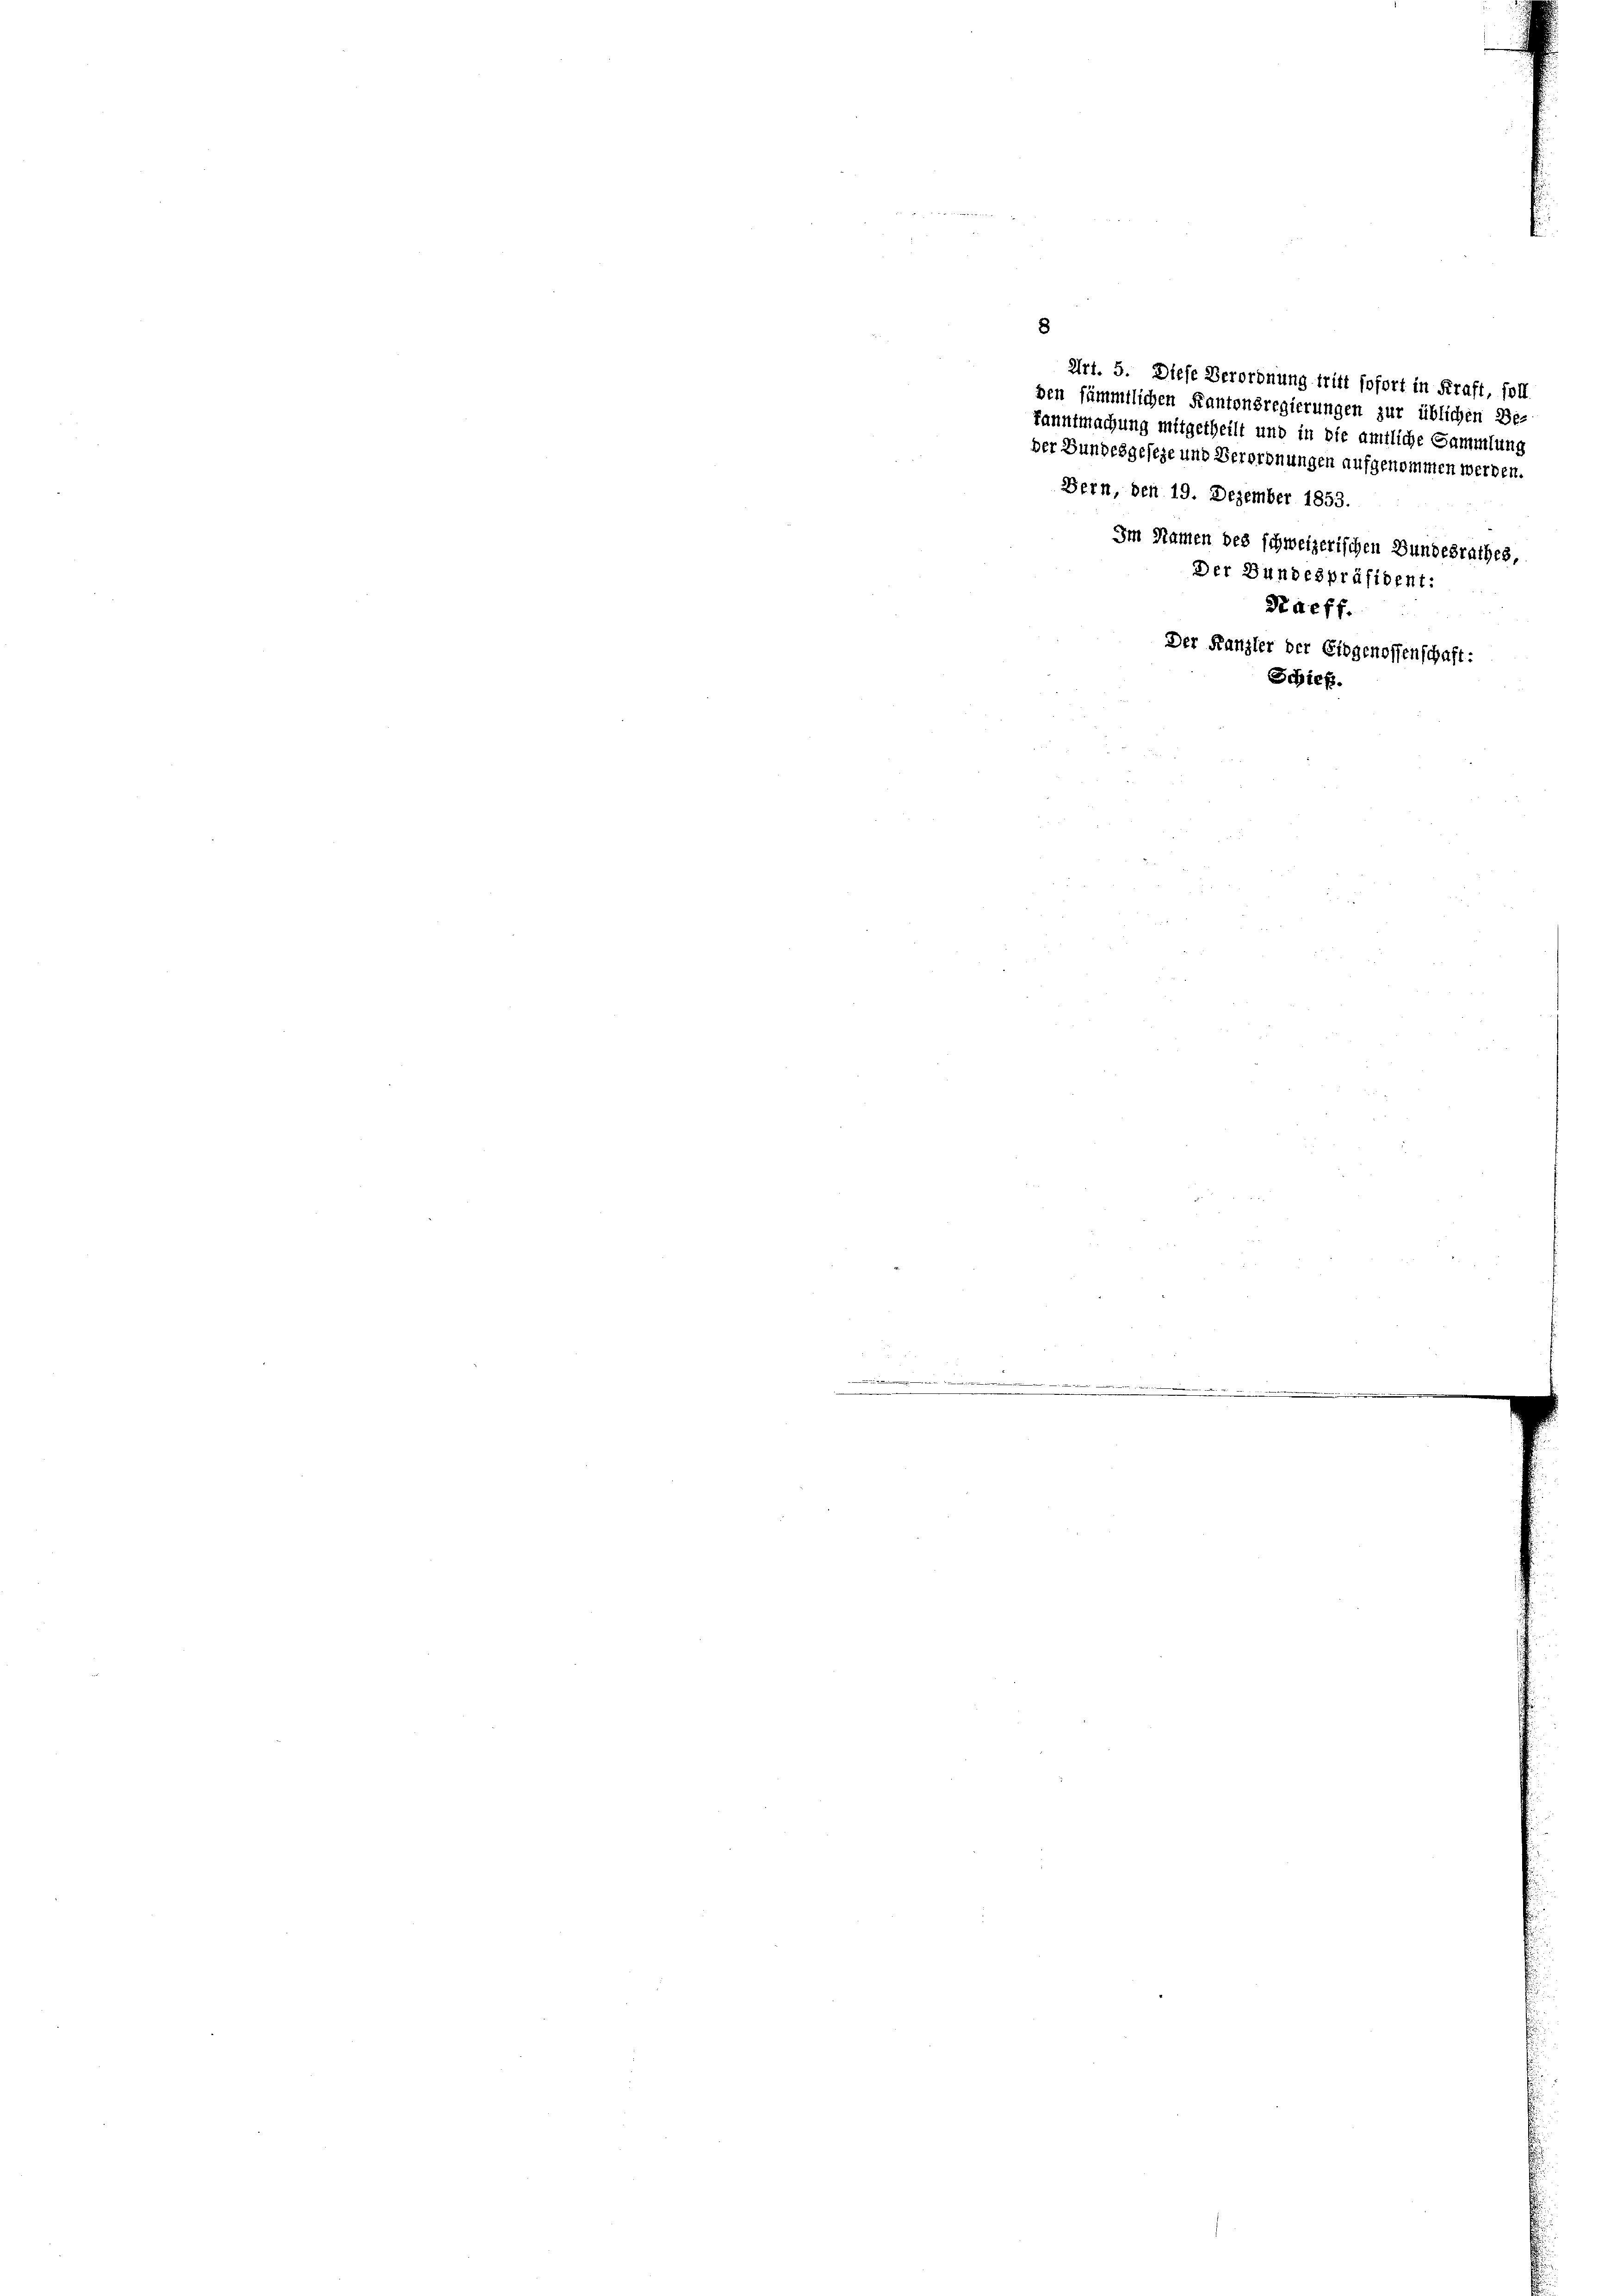
Im Namen des schweizerischen Bundesrathes,
Der Bundespräsident:
Paeff.
Der Kanzler der Eidgenossenschaft:
Schieß.

den sämmtlichen Kantonsregierungen zur üblichen Be-
kanntmachung mitgetheilt und in die amtliche Sammlung

Art. 5. Diese Verordnung tritt sofort in Kraft, soll.
der Bundesgeseze und Verordnungen aufgenommen werden.
Bern, den 19. Dezember 1853.